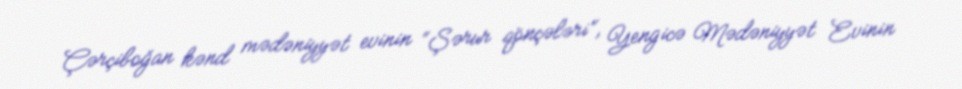
Çərçiboğan kənd mədəniyyət evinin “Şərur qönçələri”, Yengicə Mədəniyyət Evinin